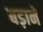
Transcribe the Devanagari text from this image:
बड़ानें